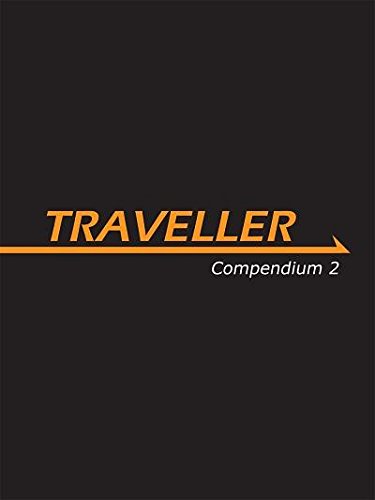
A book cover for Traveller: Compendium 2 (MGP3872); Various; Science Fiction & Fantasy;